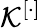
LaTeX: \mathcal{K}^{[\cdot]}